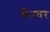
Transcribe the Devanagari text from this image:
सैनवर